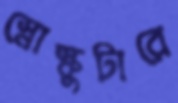
স্নোস্কুটারে